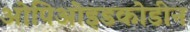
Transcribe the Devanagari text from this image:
ओपिओइडकोडीन